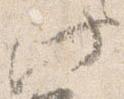
此